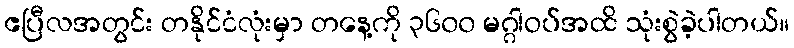
ဧပြီလအတွင်း တနိုင်ငံလုံးမှာ တနေ့ကို ၃၆၀၀ မဂ္ဂါဝပ်အထိ သုံးစွဲခဲ့ပါတယ်။